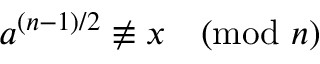
a ^ { ( n - 1 ) / 2 } \not \equiv x { \pmod { n } }